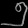
Digit: ၅